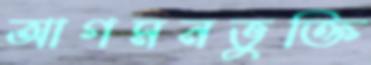
আগমনভুক্তি